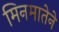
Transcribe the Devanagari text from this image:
मिनमातेने